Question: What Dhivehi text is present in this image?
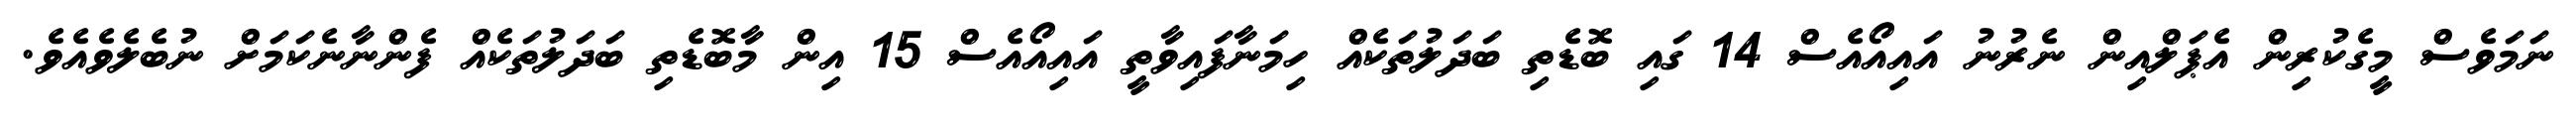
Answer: ނަމަވެސް މީގެކުރިން އެޕަލްއިން ނެރުނު އައިއޯއެސް 14 ގައި ބޮޑެތި ބަދަލުތަކެއް ހިމަނާފައިވާތީ އައިއޯއެސް 15 އިން މާބޮޑެތި ބަދަލުތަކެއް ފެންނާނެކަމަށް ނުބެލެވެއެވެ.